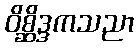
ဝိစ္ဆိဒ္ဒကသညာ